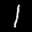
Label: 1